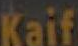
Kaif